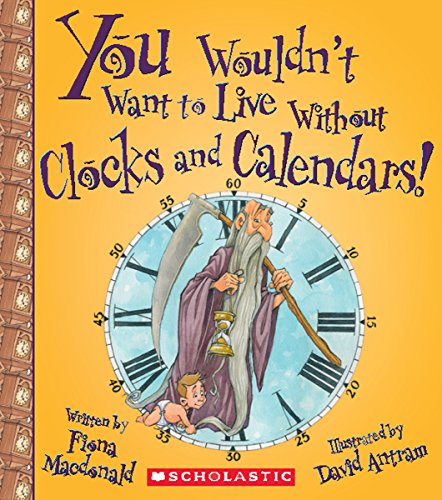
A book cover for You Wouldn't Want to Live Without Clocks and Calendars!; Fiona MacDonald; Children's Books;